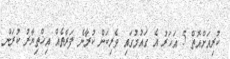
ކުރިއަށްއޮތް 5 އަހަރު އެ ގައުމުގައި ވެރިކަން ކުރާނެ ފަރާތެއް އިޚްތިޔާރު ކުރަން